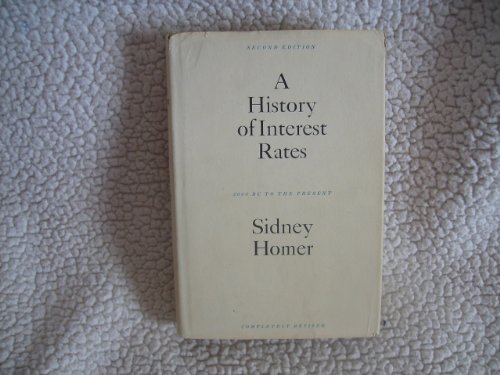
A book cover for History of Interest Rates; Sidney Homer; Business & Money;